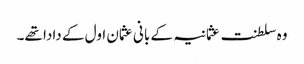
وہ سلطنت عثمانیہ کے بانی عثمان اول کے دادا تھے۔